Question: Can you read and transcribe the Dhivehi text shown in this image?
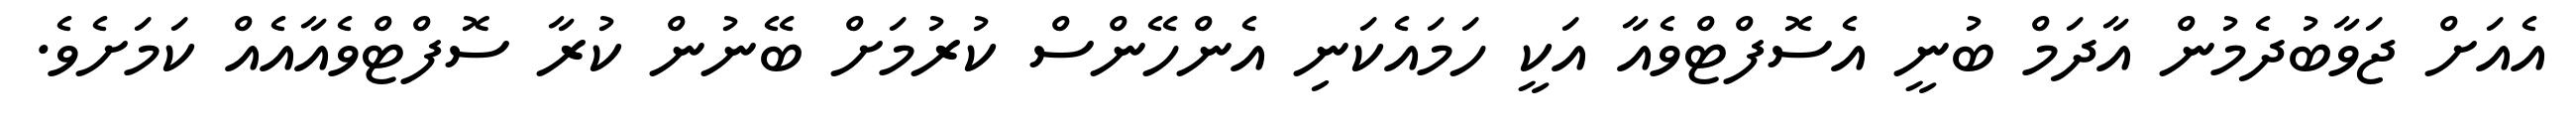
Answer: އެއަށް ޖަވާބުދެމުން އާދަމް ބުނީ އެސޮފްޓްވެއާ އަކީ ހަމައެކަނި އެންހޭންސް ކުރުމަށް ބޭނުން ކުރާ ސޮފްޓްވެއާއެއް ކަމަށެވެ.